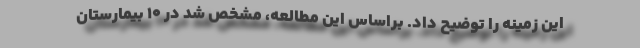
این زمینه را توضیح داد. براساس این مطالعه، مشخص شد در ۱۰ بیمارستان